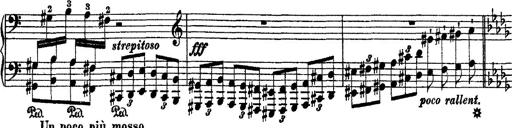
Title: 2 KonzertetÃ¼den
Composer: Franz Liszt